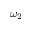
\omega _ { 2 }